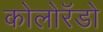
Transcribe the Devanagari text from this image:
कोलोरॅडो